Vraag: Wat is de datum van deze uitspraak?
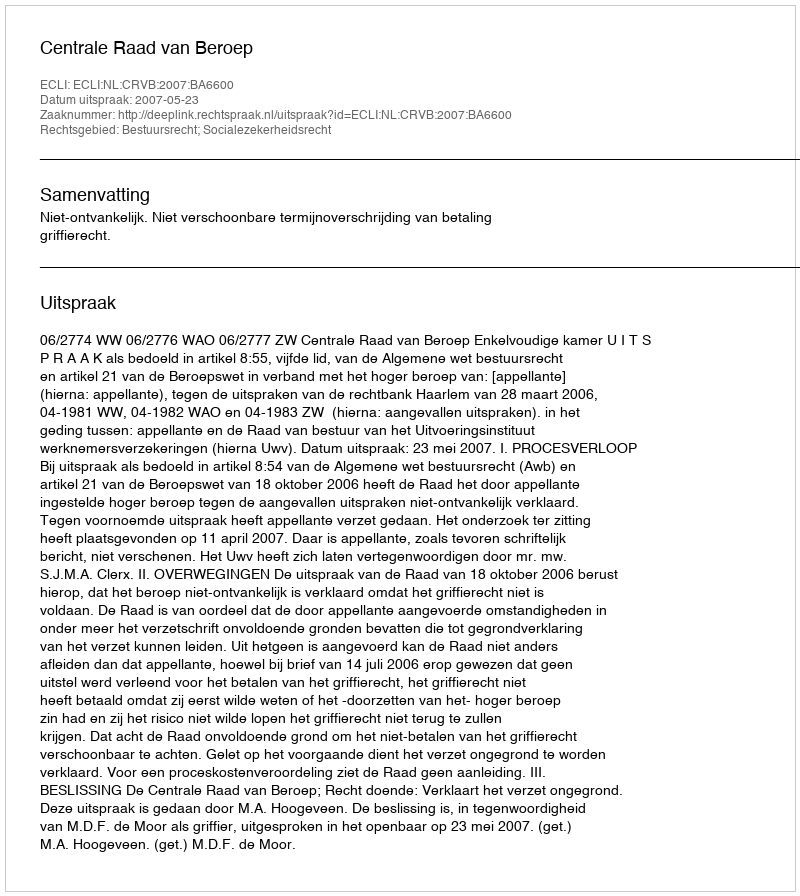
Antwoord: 2007-05-23